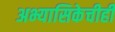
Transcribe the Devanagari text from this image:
अभ्यासिकेचीही